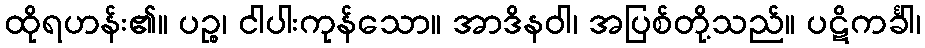
ထိုရဟန်း၏။ ပဉ္စ၊ ငါပါးကုန်သော။ အာဒိနဝါ၊ အပြစ်တို့သည်။ ပဋိကင်္ခါ၊